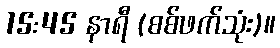
15:45 နာရီ (စစ်ဖက်သုံး)။